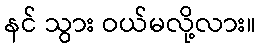
နင် သွား ဝယ်မလို့လား။